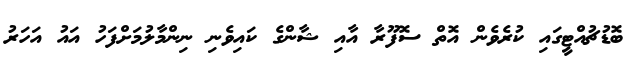
ބޮޑުޗުއްޓީގައި ކުރެވެން އޮތް ސޮފޫރާ އާއި ޝާންގެ ކައިވެނި ނިންމާލުމަށްފަހު އައު އަހަރު